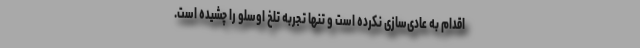
اقدام به عادی‌سازی نکرده است و تنها تجربه تلخ اوسلو را چشیده است.